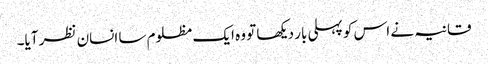
قانیہ نے اس کو پہلی بار دیکھا تو وہ ایک مظلوم سا انسان نظر آیا۔